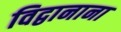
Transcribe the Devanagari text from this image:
विद्वानाना